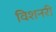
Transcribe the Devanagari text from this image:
विशनरी